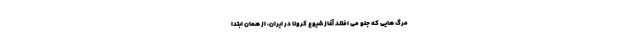
مرگ‌ هایی که جلو می‌ افتند آغاز شیوع کرونا در ایران، از همان ابتدا